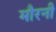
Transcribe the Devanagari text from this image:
मौरनी